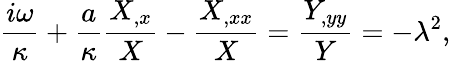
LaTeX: \frac{i\omega}{\kappa}+\frac{a}{\kappa}\frac{X_{,x}}{X}-\frac{X_{,xx}}{X}=\frac{Y_{,yy}}{Y}=-\lambda^{2},